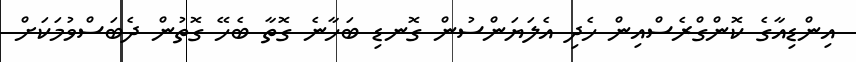
އިންޑިއާގެ ކޮންގްރެސްއިން ހެދި އެލަޔަންސުން ގޮނޑި ބަހާނެ ގޮތާ ބެހޭ ގޮތުން ދެބަސްވުމަކަށް